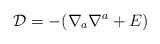
LaTeX: \begin{align*}{\cal D}=-(\nabla_a\nabla^a +E) \end{align*}